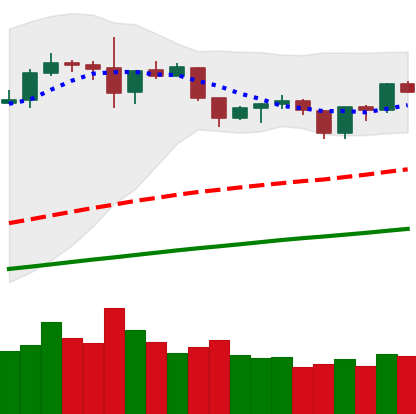
Ticker: ETH-USD
Chart end date: 2019-06-13
Forward return: 3.468%
Label: up_3_5